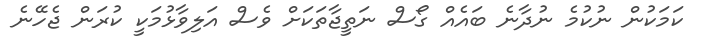
ކަމަކުން ނުކުމެ ނުދާނެ ބައެއް ގޯސް ނަތީޖާތަކަށް ވެސް އަލިވާޅުމަކީ ކުރަން ޖެހޭނެ